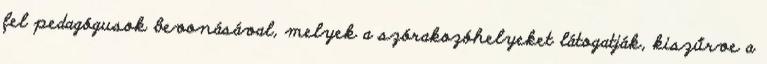
fel pedagógusok bevonásával, melyek a szórakozóhelyeket látogatják, kiszűrve a